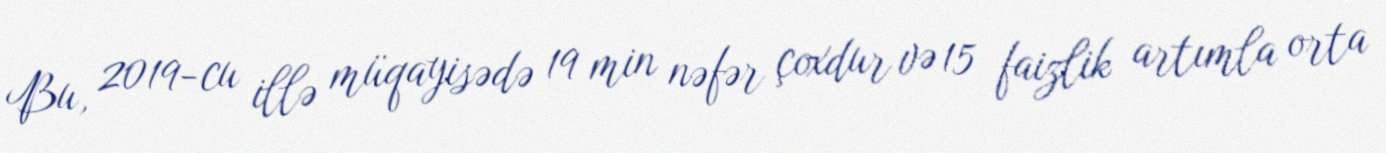
Bu, 2019-cu illə müqayisədə 19 min nəfər çoxdur və 15 faizlik artımla orta